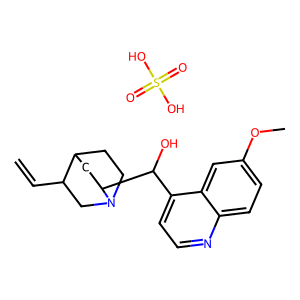
SMILES: C=CC1CN2CCC1CC2C(O)c1ccnc2ccc(OC)cc12.O=S(=O)(O)O
Inhibits HIV replication: No